Civil Veterinary Department Bihar & Orissa reports 1922-29 - 1922-1929
Year: 1922
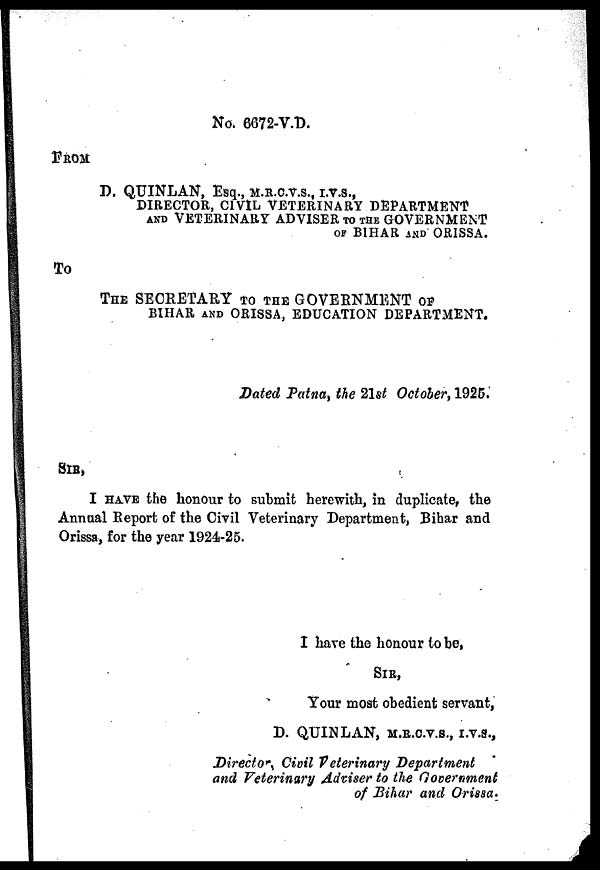
No. 6672-V.D,
FROM
D. QUINLAN, Esq., M.R.C.V.S., I.V.S.,
DIRECTOR, CIVIL VETERINARY DEPARTMENT
and VETERINARY ADVISER TO THE GOVERNMENT
OF BIHAR AND ORISSA.
To
The SECRETARY TO THE GOVERNMENT OF
BIHAR AND ORISSA, EDUCATION DEPARTMENT.
Dated Patna the 21st October, 1925.
SIR,
I have the honour to submit herewith, in duplicate, the
Annual Report of the Civil Veterinary Department, Bihar and
Orissa, for the year 1924-25.
I have the honour to be,
Sir,
Your most obedient servant,
D. QUINLAN, M.R.C.V., I.V.S.,
Director Civil Veterinary Department
and Veterinary Adviser to the Government
of Bihar and Orissa.